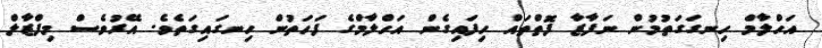
އަހްލާމް ހިނގަގަތުމުން ނަފާޒާ ފޮތްތައް ހިފައިގެން އަހްލާމްގެ ފަހަތުން ހިނގައިގަތެވެ. އޭރުވެސް މިފްޒާލް